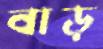
বাড়